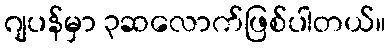
ဂျပန်မှာ ၃ဆလောက်ဖြစ်ပါတယ်။